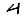
Digit: 4